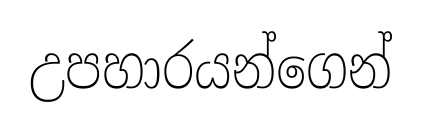
උපහාරයන්ගෙන්